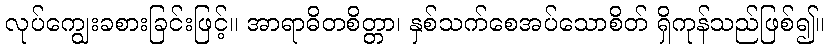
လုပ်ကျွေးခစားခြင်းဖြင့်။ အာရာဓိတစိတ္တာ၊ နှစ်သက်စေအပ်သောစိတ် ရှိကုန်သည်ဖြစ်၍။